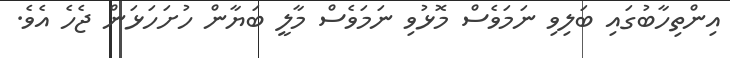
އިންތިހާބުގައި ބަލިވި ނަމަވެސް މޮޅުވި ނަަމަވެސް މާލީ ބަޔާން ހުށަހަޅަން ޖެހެ އެވެ.